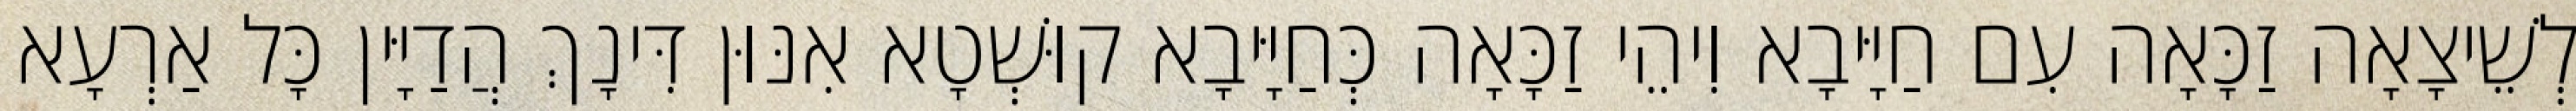
לְשֵׁיצָאָה זַכָּאָה עִם חַיָּיבָא וִיהֵי זַכָּאָה כְּחַיָּיבָא קוּשְׁטָא אִנּוּן דִּינָךְ הֲדַיָּין כָּל אַרְעָא